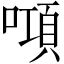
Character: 𠾿